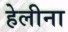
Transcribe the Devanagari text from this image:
हेलीना